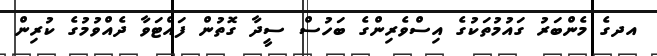
އދގެ މެންބަރު ގައުމުތަކުގެ އިސްވެރިންގެ ބަހުސް ސީދާ ގޮތުން ފައްޓަވާ ދެއްވުމުގެ ކުރިން